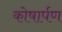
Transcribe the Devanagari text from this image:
कोषार्पण